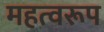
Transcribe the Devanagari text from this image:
महत्वरूप